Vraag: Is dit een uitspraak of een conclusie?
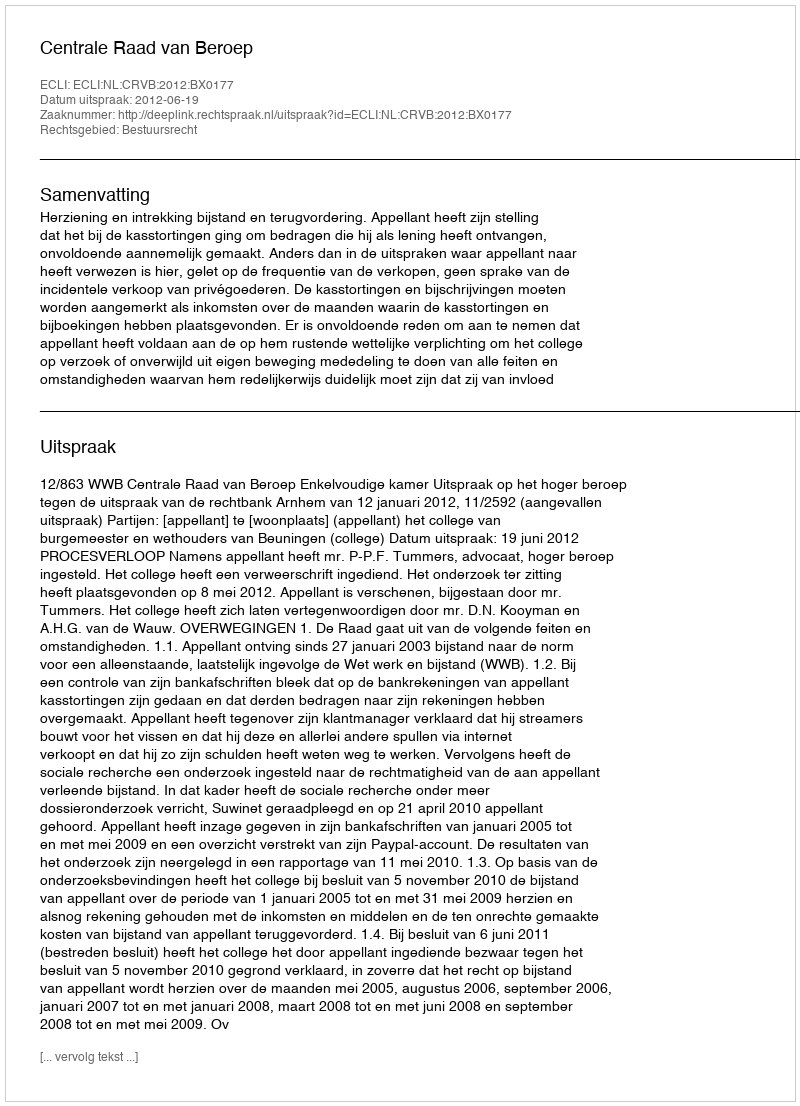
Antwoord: Uitspraak